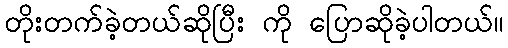
တိုးတက်ခဲ့တယ်ဆိုပြီး ကို ပြောဆိုခဲ့ပါတယ်။